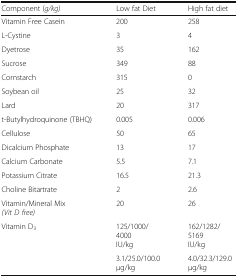
<table><thead><tr><td><b>Component (<i>g/kg)</i></b></td><td><b>Low fat Diet</b></td><td><b>High fat diet</b></td></tr></thead><tbody><tr><td>Vitamin Free Casein</td><td>200</td><td>258</td></tr><tr><td>L-Cystine</td><td>3</td><td>4</td></tr><tr><td>Dyetrose</td><td>35</td><td>162</td></tr><tr><td>Sucrose</td><td>349</td><td>88</td></tr><tr><td>Cornstarch</td><td>315</td><td>0</td></tr><tr><td>Soybean oil</td><td>25</td><td>32</td></tr><tr><td>Lard</td><td>20</td><td>317</td></tr><tr><td>t-Butylhydroquinone (TBHQ)</td><td>0.005</td><td>0.006</td></tr><tr><td>Cellulose</td><td>50</td><td>65</td></tr><tr><td>Dicalcium Phosphate</td><td>13</td><td>17</td></tr><tr><td>Calcium Carbonate</td><td>5.5</td><td>7.1</td></tr><tr><td>Potassium Citrate</td><td>16.5</td><td>21.3</td></tr><tr><td>Choline Bitartrate</td><td>2</td><td>2.6</td></tr><tr><td>Vitamin/Mineral Mix <i>(Vit D free)</i></td><td>20</td><td>26</td></tr><tr><td rowspan="2">Vitamin D<sub>3</sub></td><td>125/1000/4000 IU/kg</td><td>162/1282/5169 IU/kg</td></tr><tr><td>3.1/25.0/100.0 μg/kg</td><td>4.0/32.3/129.0 μg/kg</td></tr></tbody></table>